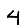
Digit: 4